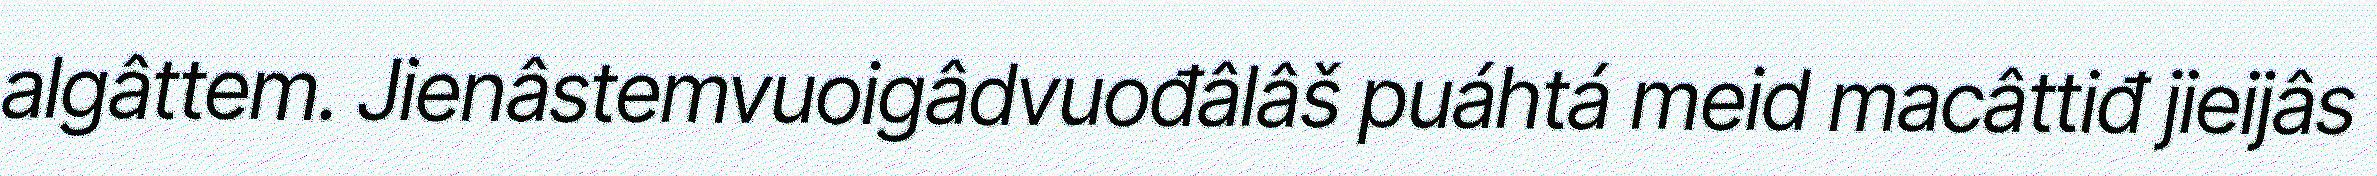
algâttem. Jienâstemvuoigâdvuođâlâš puáhtá meid macâttiđ jieijâs